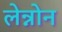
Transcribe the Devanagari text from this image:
लेन्नोन